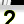
Digit: 2